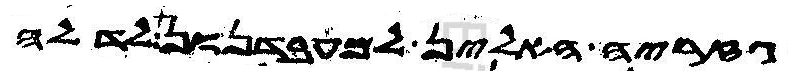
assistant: גזריה האלין למעבדנון לדלה